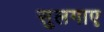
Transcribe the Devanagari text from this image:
सुलगाए